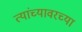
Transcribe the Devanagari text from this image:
त्यांच्यावरच्या